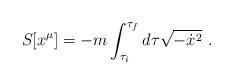
LaTeX: \begin{align*}S[x^\mu]=-m\int_{\tau_i}^{\tau_f}d\tau\sqrt{-\dot{x}^2}\ .\end{align*}